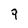
Character: 9